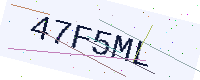
Text: 47F5ML